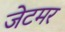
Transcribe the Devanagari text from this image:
जेटमर